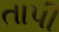
તાપી